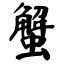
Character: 蟹